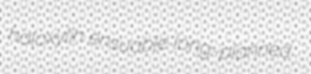
haloxylin ensuable long-planned